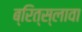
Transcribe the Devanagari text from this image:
ब्रित्स्लावा